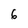
Character: 6